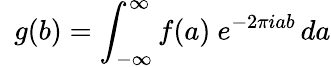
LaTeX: \, \, \, g(b)=\int_{-\infty}^{\infty}f(a)\ e^{-2\pi iab}\, da